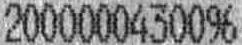
2000000430096